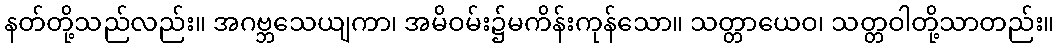
နတ်တို့သည်လည်း။ အဂဗ္ဘသေယျကာ၊ အမိဝမ်း၌မကိန်းကုန်သော။ သတ္တာယေဝ၊ သတ္တဝါတို့သာတည်း။